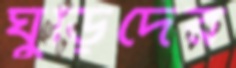
ঘুড়িদের